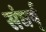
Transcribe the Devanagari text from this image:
संघर्ष्